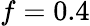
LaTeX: f=0.4